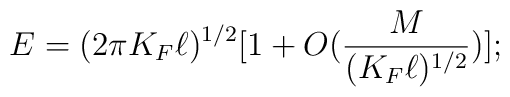
E=(2\pi K_F \ell)^{1/2}[1+O(\frac{M}{(K_F\ell )^{1/2}})];